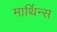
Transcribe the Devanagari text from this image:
मार्थिन्स